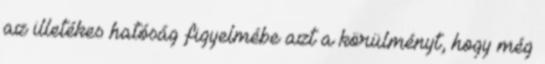
az illetékes hatóság figyelmébe azt a körülményt, hogy még